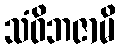
သံဝိဘဇာမိ